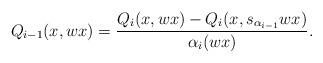
LaTeX: \begin{align*}Q_{i-1}(x, wx) = \frac{Q_i(x, wx) - Q_i(x, s_{\alpha_{i-1}}wx)}{\alpha_i(wx)}.\end{align*}